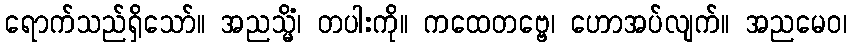
ရောက်သည်ရှိသော်။ အညသ္မိံ၊ တပါးကို။ ကထေတဗ္ဗေ၊ ဟောအပ်လျက်။ အညမေဝ၊